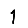
Digit: 1